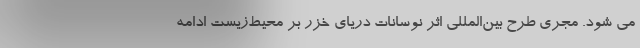
می شود. مجری طرح بین‌المللی اثر نوسانات دریای خزر بر محیط‌زیست ادامه